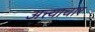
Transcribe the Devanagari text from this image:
अत्त्याचार